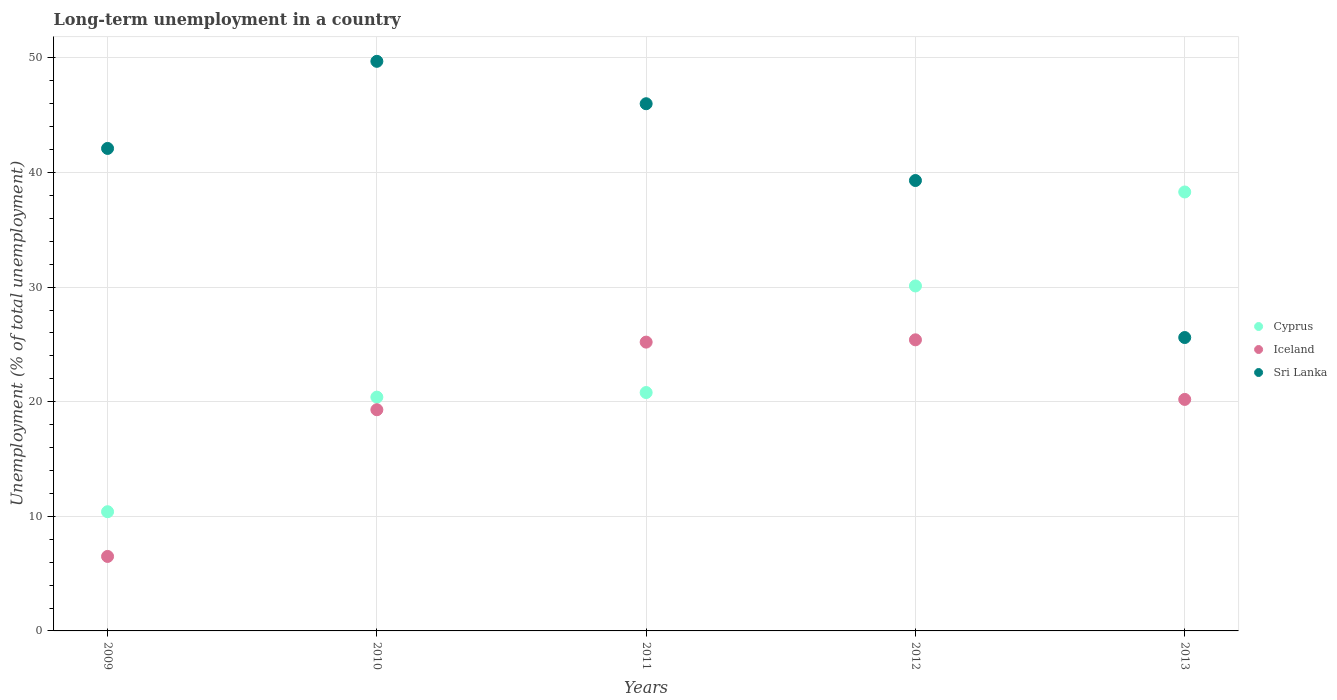
| Years | Cyprus | Iceland | Sri Lanka |
 | --- | --- | --- | --- |
 | 2009 | 10.4 | 6.5 | 42.1 |
 | 2010 | 20.4 | 19.3 | 49.7 |
 | 2011 | 20.8 | 25.2 | 46 |
 | 2012 | 30.1 | 25.4 | 39.3 |
 | 2013 | 38.3 | 20.2 | 25.6 |